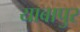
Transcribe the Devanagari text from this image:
याबापुर